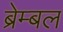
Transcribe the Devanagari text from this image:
ब्रेम्बल